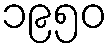
၁၉၅၀